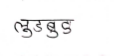
मजकूर: लुडबुड